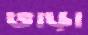
ভাড়া